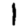
Digit: 1